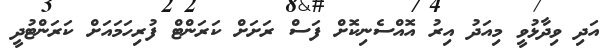
އަދި ވިދާޅުވީ މިއަދު އިރު އޮއްސެނިކޮށް ފަސް ރަށަށް ކަރަންޓް ފުރިހަމައަށް ކަރަންޓުދީ